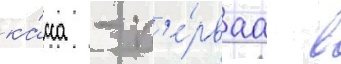
ка́сса - п'е́рваа в